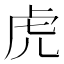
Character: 虎